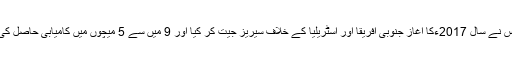
اس نے سال 2017ءکا آغاز جنوبی افریقا اور آسٹریلیا کے خلاف سیریز جیت کر کیا اور 9 میں سے 5 میچوں میں کامیابی حاصل کی۔